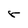
Character: r